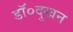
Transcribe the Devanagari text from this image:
डॉ०दुखन